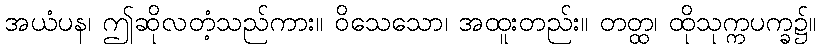
အယံပန၊ ဤဆိုလတံ့သည်ကား။ ဝိသေသော၊ အထူးတည်း။ တတ္ထ၊ ထိုသုက္ကပက္ခ၌။